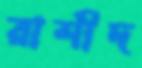
রাশীদ